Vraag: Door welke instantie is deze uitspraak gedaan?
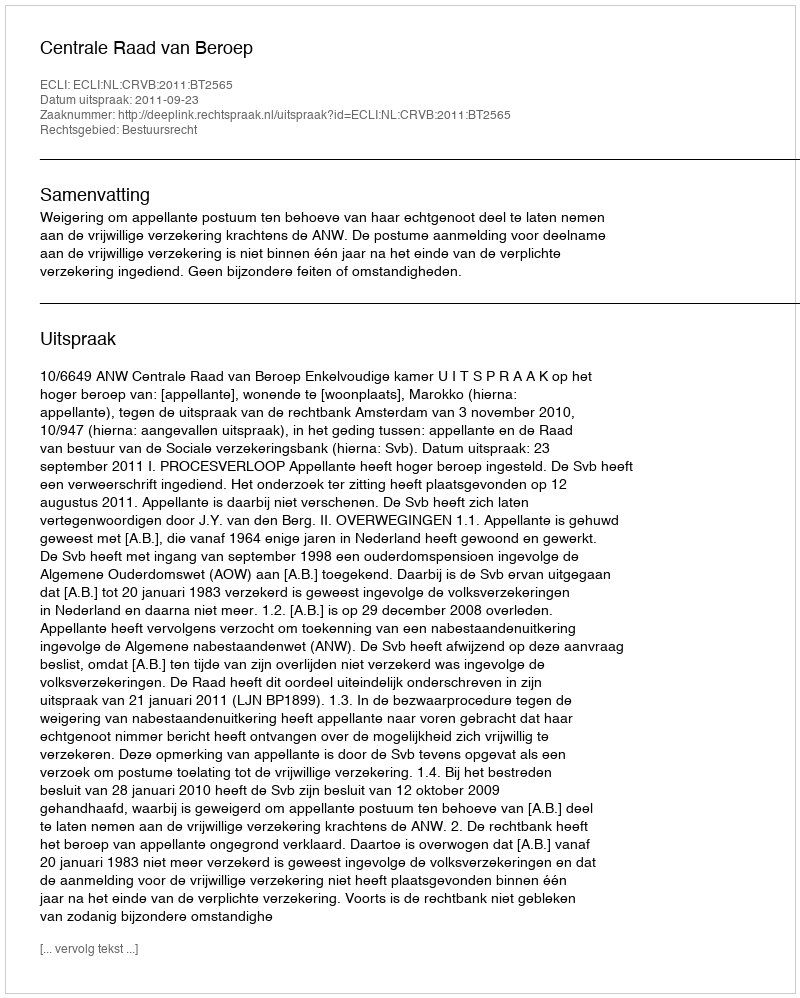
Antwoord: Centrale Raad van Beroep